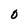
Character: O